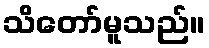
သိတော်မူသည်။